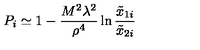
P _ { i } \simeq 1 - { \frac { M ^ { 2 } \lambda ^ { 2 } } { \rho ^ { 4 } } } \ln { \frac { \tilde { x } _ { 1 i } } { \tilde { x } _ { 2 i } } }